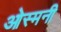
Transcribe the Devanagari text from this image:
ओस्मनी